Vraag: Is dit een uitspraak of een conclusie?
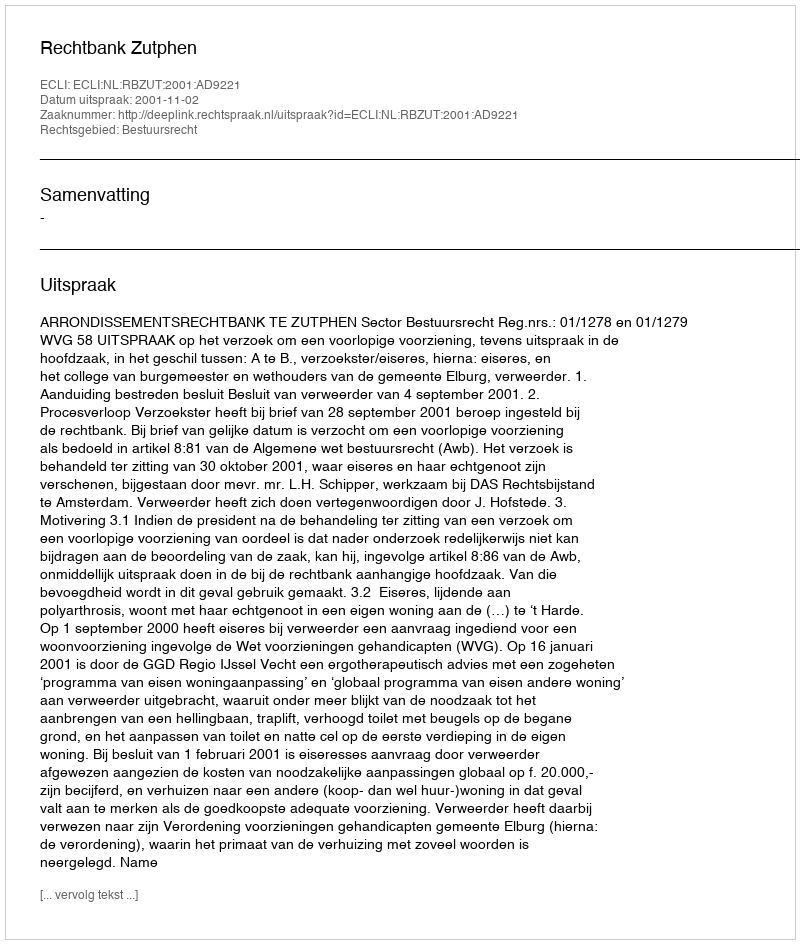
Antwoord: Uitspraak